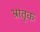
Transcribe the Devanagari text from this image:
भ्रातृक